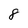
Character: 8